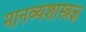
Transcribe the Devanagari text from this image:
मानव्यशास्त्रज्ञ